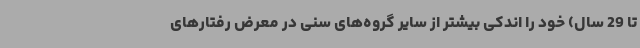
تا 29 سال) خود را اندکی بیشتر از سایر گروه‌های سنی در معرض رفتارهای